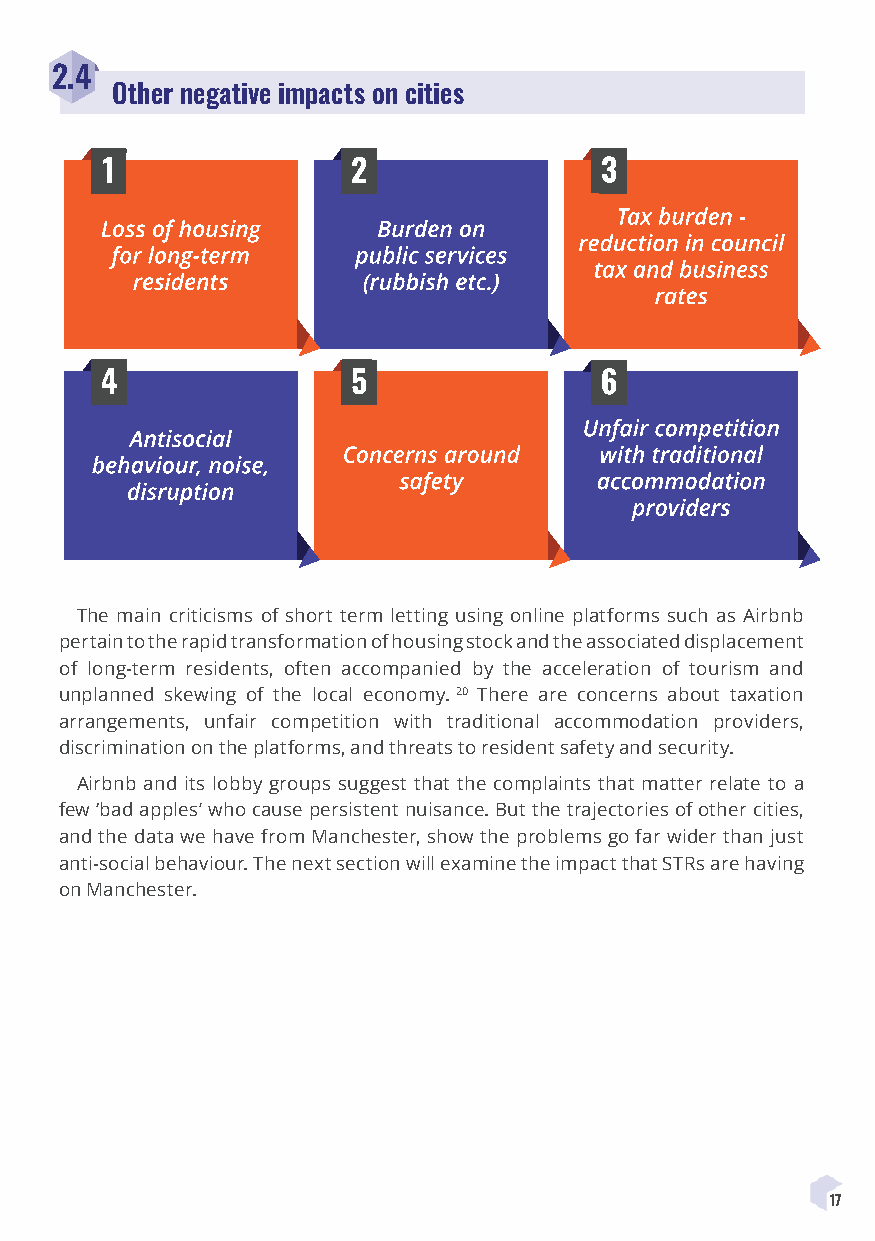
2.4
 Other negative impacts on cities
 The main criticisms of short term letting using online platforms such as Airbnb
 pertain to the rapid transformation of housing stock and the associated displacement
 of long-term residents, often accompanied by the acceleration of tourism and
 unplanned skewing of the local economy. 20 There are concerns about taxation
 arrangements, unfair competition with traditional accommodation providers,
 discrimination on the platforms, and threats to resident safety and security.
 Airbnb and its lobby groups suggest that the complaints that matter relate to a
 few ‘bad apples’ who cause persistent nuisance. But the trajectories of other cities,
 and the data we have from Manchester, show the problems go far wider than just
 anti-social behaviour. The next section will examine the impact that STRs are having
 on Manchester.
 17